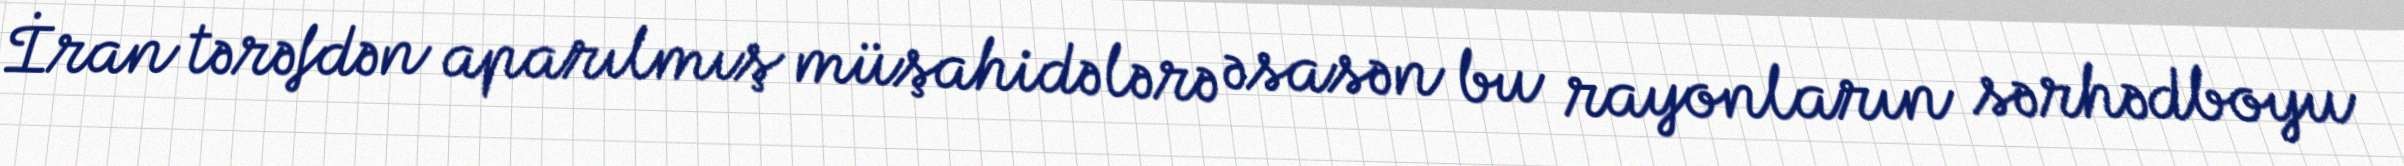
İran tərəfdən aparılmış müşahidələrə əsasən bu rayonların sərhədboyu